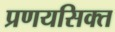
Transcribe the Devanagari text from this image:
प्रणयसिक्त